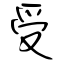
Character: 受